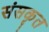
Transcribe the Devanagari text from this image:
संसकृत